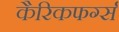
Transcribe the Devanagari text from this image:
कैरिकफर्ग्स